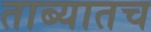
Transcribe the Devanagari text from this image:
ताब्यातच